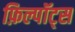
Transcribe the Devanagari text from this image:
फ़िल्पॉट्स